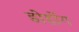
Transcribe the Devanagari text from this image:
डोहोंग